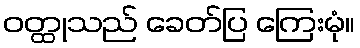
ဝတ္ထုသည် ခေတ်ပြ ကြေးမုံ။